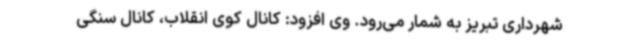
شهرداری تبریز به شمار می‌رود. وی افزود: کانال کوی انقلاب، کانال سنگی